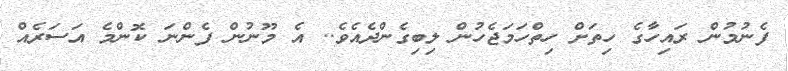
ފެނުމުން ރައިހާގެ ހިތަށް ހިތްހަމަޖެހުން ލިބިގެންދެއެވެ.. އެ މޫނުން ފެންނަ ކޮންމެ އަސަރެއް